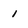
Character: 1